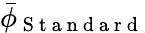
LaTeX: \bar{\phi}_{\mathrm{~S~t~a~n~d~a~r~d~}}